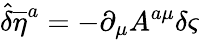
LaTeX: {\hat{\delta}}{{\overline{{{\eta}}}}^{a}}=-\partial_{\mu}A^{a\mu}\delta\varsigma